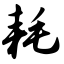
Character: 耗